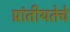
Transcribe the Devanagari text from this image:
प्रांतीयतेचे